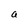
Character: a